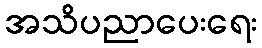
အသိပညာပေးရေး